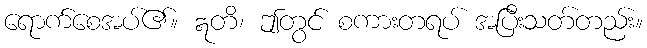
ရောက်စေအပ်၏။ ဣတိ၊ ဤတွင် စကားတရပ် အပြီးသတ်တည်း။